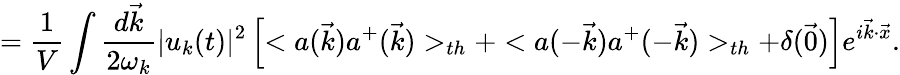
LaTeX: =\frac{1}{V}\int\frac{d\vec{k}}{2\omega_{k}}|u_{k}(t)|^{2}\left[<a(\vec{k})a^{+}(\vec{k})>_{th}+<a(-\vec{k})a^{+}(-\vec{k})>_{th}+\delta(\vec{0})\right]e^{i\vec{k}\cdot\vec{x}}.